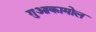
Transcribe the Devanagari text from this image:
गुआकामोल